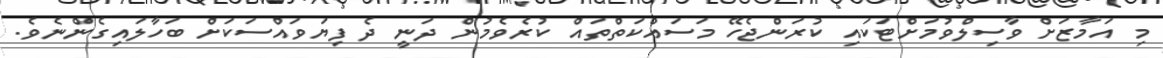
މި އަމާޒަށް ވާސިލްވުމަށްޓަކައި ކުރަންޖެހޭ މަސައްކަތްތައް ކުރެވެމުން ދަނީ ދެ ފިޔަވައްސަކަށް ބަހާލައިގެންނެވެ.